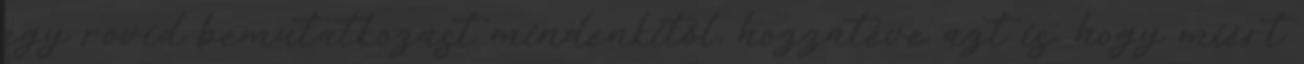
egy rövid bemutatkozást mindenkitől, hozzátéve azt is, hogy miért